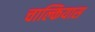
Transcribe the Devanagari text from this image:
चाल्कियास